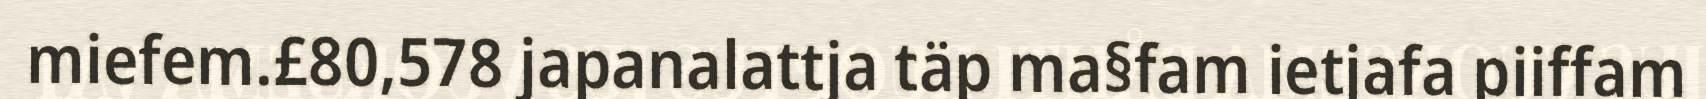
miefem.£80,578 japanalattja täp ma§fam ietjafa piiffam